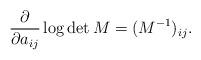
LaTeX: \begin{align*}\frac{\partial}{\partial a_{ij}} \log \det M = (M^{-1})_{ij}.\end{align*}